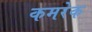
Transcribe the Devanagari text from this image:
कमरेक